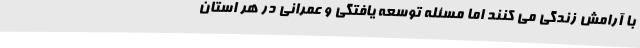
با آرامش زندگی می کنند اما مسئله توسعه یافتگی و عمرانی در هر استان